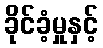
ခိုင်ခံ့မှုနှင့်